Tezpur Lunatic Asylum reports 1877-1894 - 1877-1894
Year: 1877
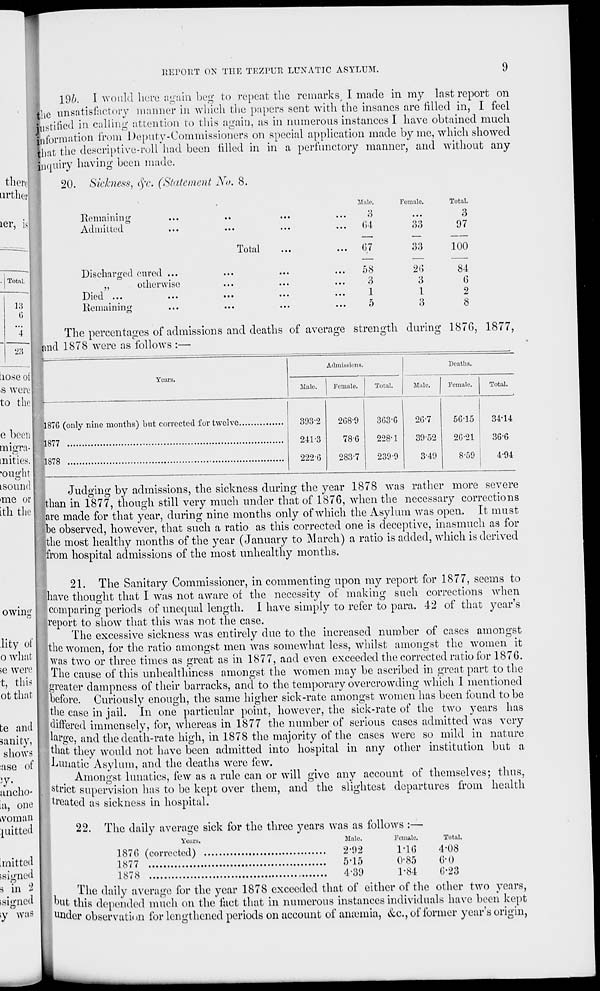
REPORT ON THE TEZPUR LUNATIC ASYLUM.
9
there
urther
ler,
Total.
13
6
23
Liose of I
iS were
to the
e been I
tnigra-
mities.
•ought
tsound
l9/>. I would here again beg to repeat the remarks I made in my last report on
the unsatisfactory manner in which the papers sent with the insanes are filled in, I feel
Wstilicd in calling attention to this again, as in numerous instances I have obtained much
information from Deputy-Commissioners on special application made by me, which showed
that the descriptive-roll had been filled in in a perfunctory manner, and without any
inquiry having been made.
20. Sickness, eye. (Statement No. 8.
Remaining
Admitted
Discharged cured ...
Total
J5
otherwise
Died ...
Remaining
Male.
Q
O
64
67
58
3
1
5
laic.
Total.
• • •
3
33
97
33
100
26
84
3
6
1
2
3
8
The percentages of admissions and deaths of average strength during 187G, 1877,
and 1878 were as follows :—
Years
Admissions.
Male.
Female.
Total.
Deaths.
Male.
Female.
Total.
1876 (only nine months) but corrected for twelve.
1877
>me or
ith the
1878
393-2
208-9
3G3-G
2G-7
56-15
241-3
78-6
2-28-1
39-52
26-21
222-G
283-7
239-9
3-49
8-59
34-14
36-6
4-94
>
Judging by admissions, the sickness during the year 1878 was rather more severe
than in 1877, though still very much under that of 1876, when the necessary corrections
are made for that year, during nine months only of which the Asylum was open. It must
)e observed, however, that such a ratio as this corrected one is deceptive, inasmuch as for
the most healthy months of the year (January to March) a ratio is added, which is derived
from hospital admissions of the most unhealthy months.
owing'
lity of
o what
>e were
t, this
ot that
te and
sanity,
shows
;ase of
ancho-
ia, one
tvoman
mitted
.mitted
ssigncd
3 in 2
.signed
y was
21. The Sanitary Commissioner, in commenting upon my report for 1877, seems to
have thought that I was not aware of the necessity of making such corrections when
I comparing periods of unequal length. 1 have simply to refer to para. 42 of that year's
report to show that this was not the case.
HThe excessive sickness was entirely due to the increased number of cases amongst
the women, for the ratio amongst men was somewhat less, whilst amongst the women it
was two or three times as great as in 1877, and even exceeded the corrected ratio for 1876.
the cause of this unhealthincss amongst the women may be ascribed in great part to the
greater dampness of their barracks, and to the temporary overcrowding which I mentioned
hefore. Curiously enough, the same higher sick-rate amongst women has been found to be
the case in jail. In one particular point, however, the sick-rate of the two years has
differed immensely, for, whereas in 1877 the number of serious cases admitted w r as very
large, and the death-rate high, in 1878 the majority of the cases were so mild in nature
that they would not have been admitted into hospital in any other institution but a
Lunatic Asylum, and the deaths were few.
Amongst lunatics, few as a rule can or will give any account of themselves; thus,
strict supervision has to be kept over them, and the slightest departures from health
treated as sickness in hospital.
22. The daily average sick for the three years was as follows :—
Years.
Male.
Female.
Total.
1870 (corrected)
2'92
116
4-08
1877
515
0-85
6'0
1878
4-39
1-84
0-23
The daily average for the year 1878 exceeded that of either of the other two years,
Out this depended much on the fact that in numerous instances individuals have been kept
Under observation for lengthened periods on account of ainemia, &c, of former year's origin,